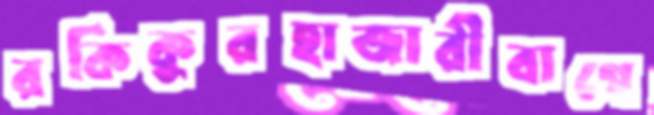
রকিকুরহাজারীবাগে